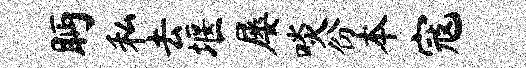
眄私去堰屡啖份本寇